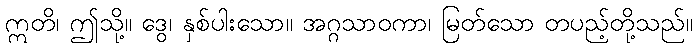
ဣတိ၊ ဤသို့။ ဒွေ၊ နှစ်ပါးသော။ အဂ္ဂသာဝကာ၊ မြတ်သော တပည့်တို့သည်။